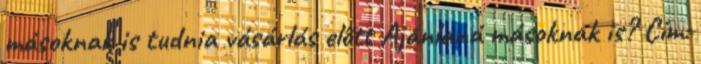
másoknak is tudnia vásárlás előtt Ajánlaná másoknak is? Cím: